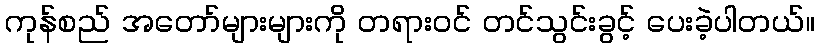
ကုန်စည် အတော်များများကို တရားဝင် တင်သွင်းခွင့် ပေးခဲ့ပါတယ်။